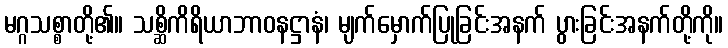
မဂ္ဂသစ္စာတို့၏။ သစ္ဆိကိရိယာဘာဝနဋ္ဌာနံ၊ မျက်မှောက်ပြုခြင်းအနက် ပွားခြင်းအနက်တို့ကို။